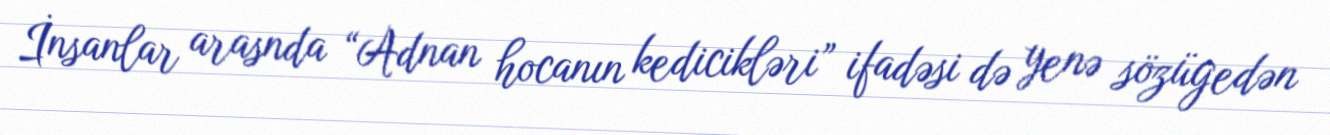
İnsanlar arasnda “Adnan hocanın kedicikləri” ifadəsi də yenə sözügedən